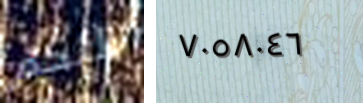
اللحم ٧٠٥٨٠٤٦